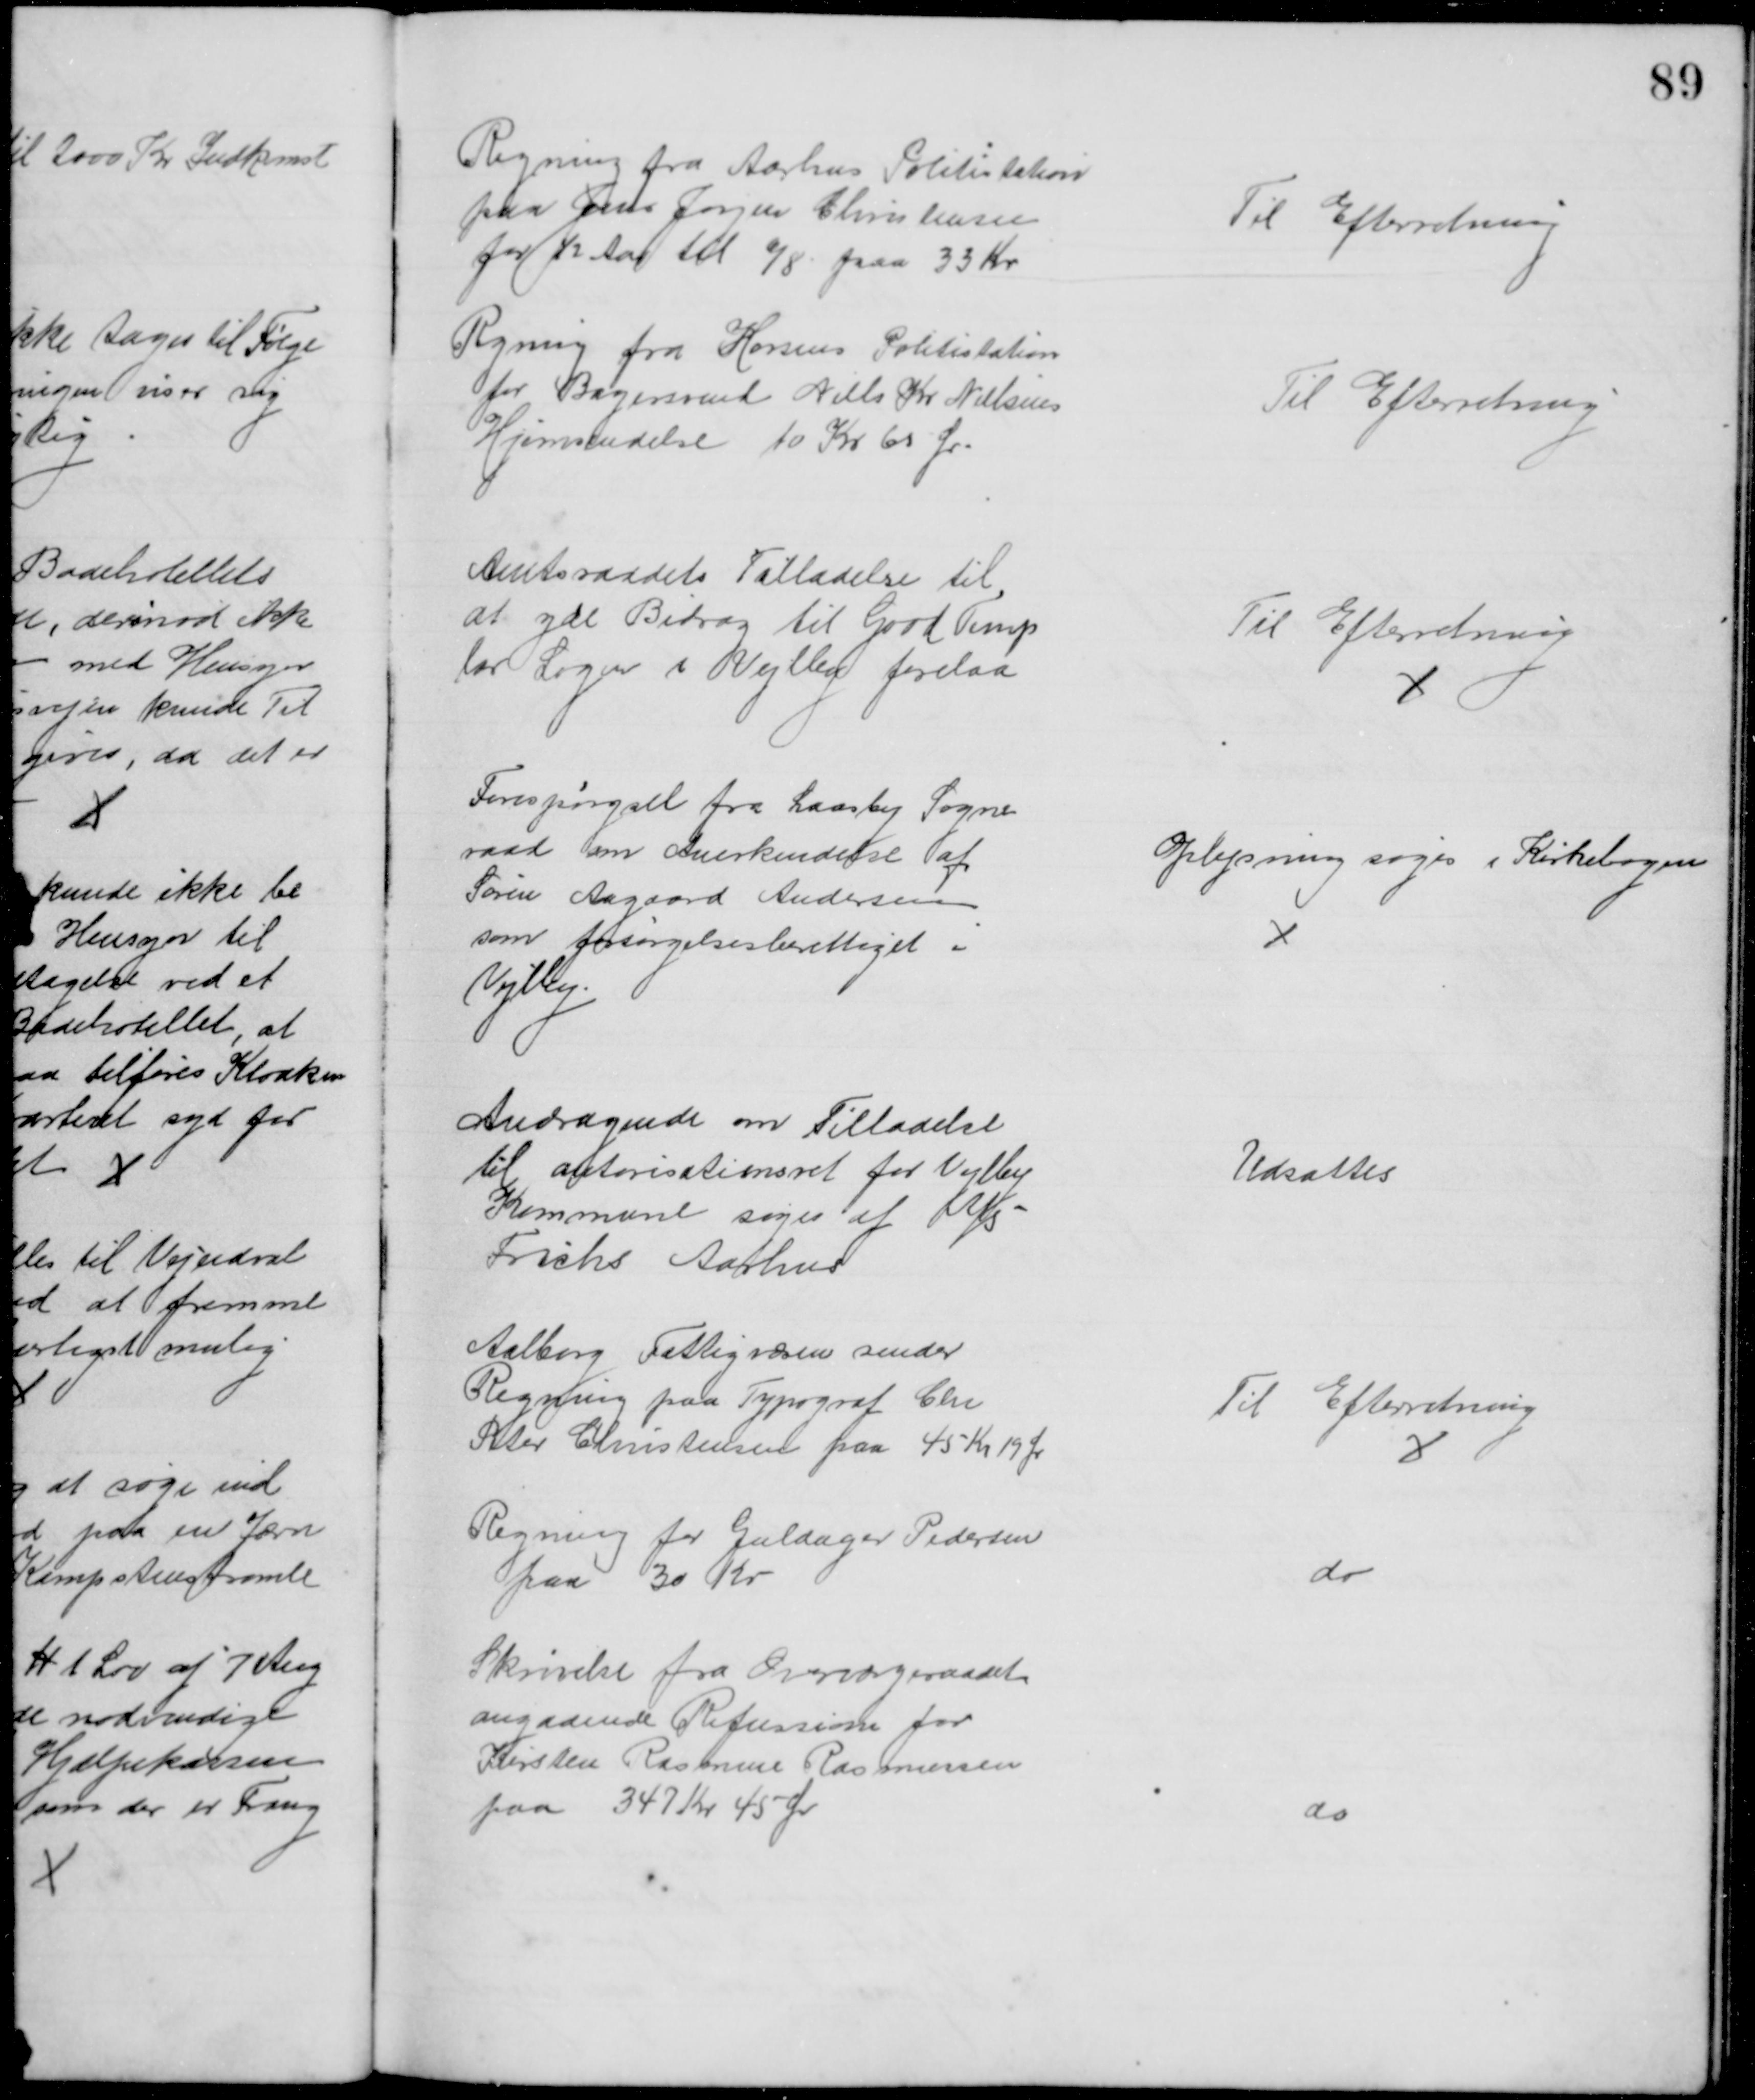
Transskription:
Regning fra Aarhus Politistation
paa Jens Jørgen Christensen
for ½ Aar til 6/8 paa 33 Kr
Til Efterretning
Regning fra Horsens Politistation
for Bagersvend Niels Kr Nielsens
Hjemsendelse 10 Kr 60 Ør.
Til Efterretning
Amtsraadets Tilladelse til
at yde Bidrag til Good Temp
lar Logen i Vejlby forelaa
Til Efterretning
Forespørgsel fra Laasby Sogne
raad om Anerkendelse af
Søren Aagaard Andersen
som forsørgelsesberettiget i
Vejlby
Oplysning søges i Kirkebogen
Andragende om Tilladelse
til autorisationsret for Vejlby
Kommune søges af A/S
Frichs Aarhus
Udsattes
Aalborg Fattigvæsen sender
Regning paa Typograf Chr
Peter Christensen paa 45 Kr 19 Ør
Til Efterretning
Regning for Guldager Pedersen
paa 30 Kr
do
Skrivelse fra Overværgeraadet
angaaende Refussion for
Kirsten Rasmine Rasmussen
paa 347 Kr 45 Ør
do